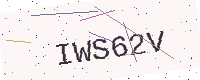
Text: IWS62V